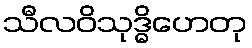
သီလဝိသုဒ္ဓိဟေတု